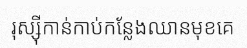
រុស្ស៊ីកាន់កាប់កន្លែងឈានមុខគេ